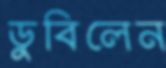
ডুবিলেন